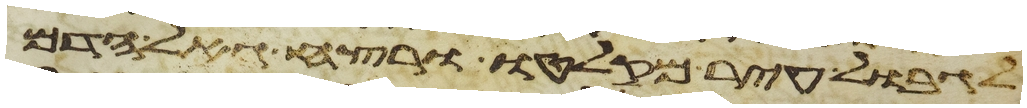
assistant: לגבול עיר מקלטו ורצח גאל הדם